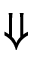
\Downarrow